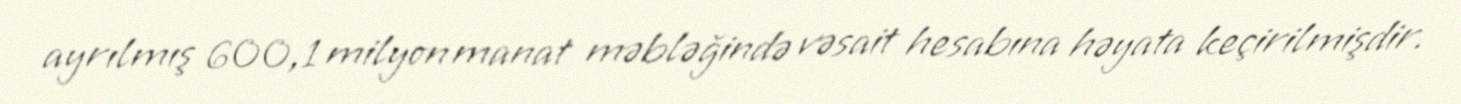
ayrılmış 600,1 milyon manat məbləğində vəsait hesabına həyata keçirilmişdir.